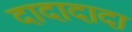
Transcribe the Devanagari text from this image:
दादादादा